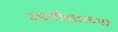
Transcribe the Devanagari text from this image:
उपभोक्ताच्या